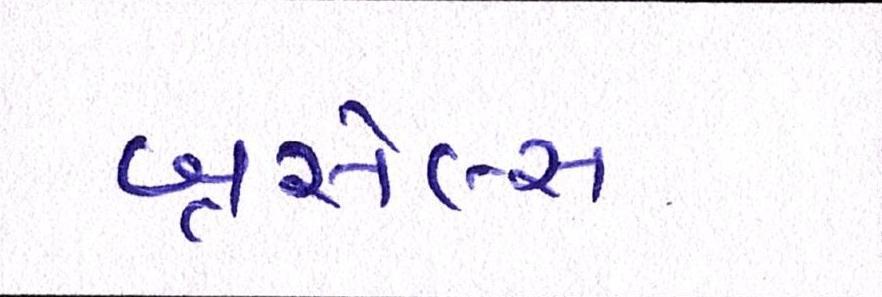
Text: બ્રસેલ્સ